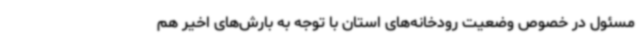
مسئول در خصوص وضعیت رودخانه‌های استان با توجه به بارش‌های اخیر هم